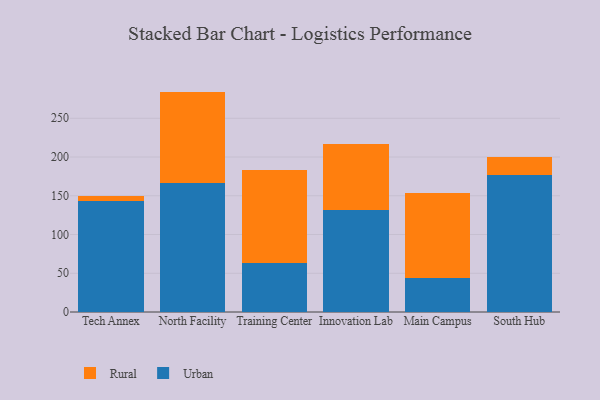
{"axis": {"x": "Campus", "y": "Gross Profit (USD K)"}, "legend": ["Rural", "Urban"], "data": [{"x": "Tech Annex", "y": 142.8, "type": "Urban"}, {"x": "Tech Annex", "y": 6.5, "type": "Rural"}, {"x": "North Facility", "y": 166.1, "type": "Urban"}, {"x": "North Facility", "y": 118.3, "type": "Rural"}, {"x": "Training Center", "y": 63.8, "type": "Urban"}, {"x": "Training Center", "y": 119.7, "type": "Rural"}, {"x": "Innovation Lab", "y": 132.1, "type": "Urban"}, {"x": "Innovation Lab", "y": 85.0, "type": "Rural"}, {"x": "Main Campus", "y": 44.3, "type": "Urban"}, {"x": "Main Campus", "y": 108.9, "type": "Rural"}, {"x": "South Hub", "y": 177.4, "type": "Urban"}, {"x": "South Hub", "y": 22.0, "type": "Rural"}]}